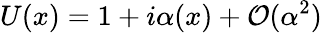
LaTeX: U(x)=1+i\alpha(x)+{\mathcal{O}}(\alpha^{2})